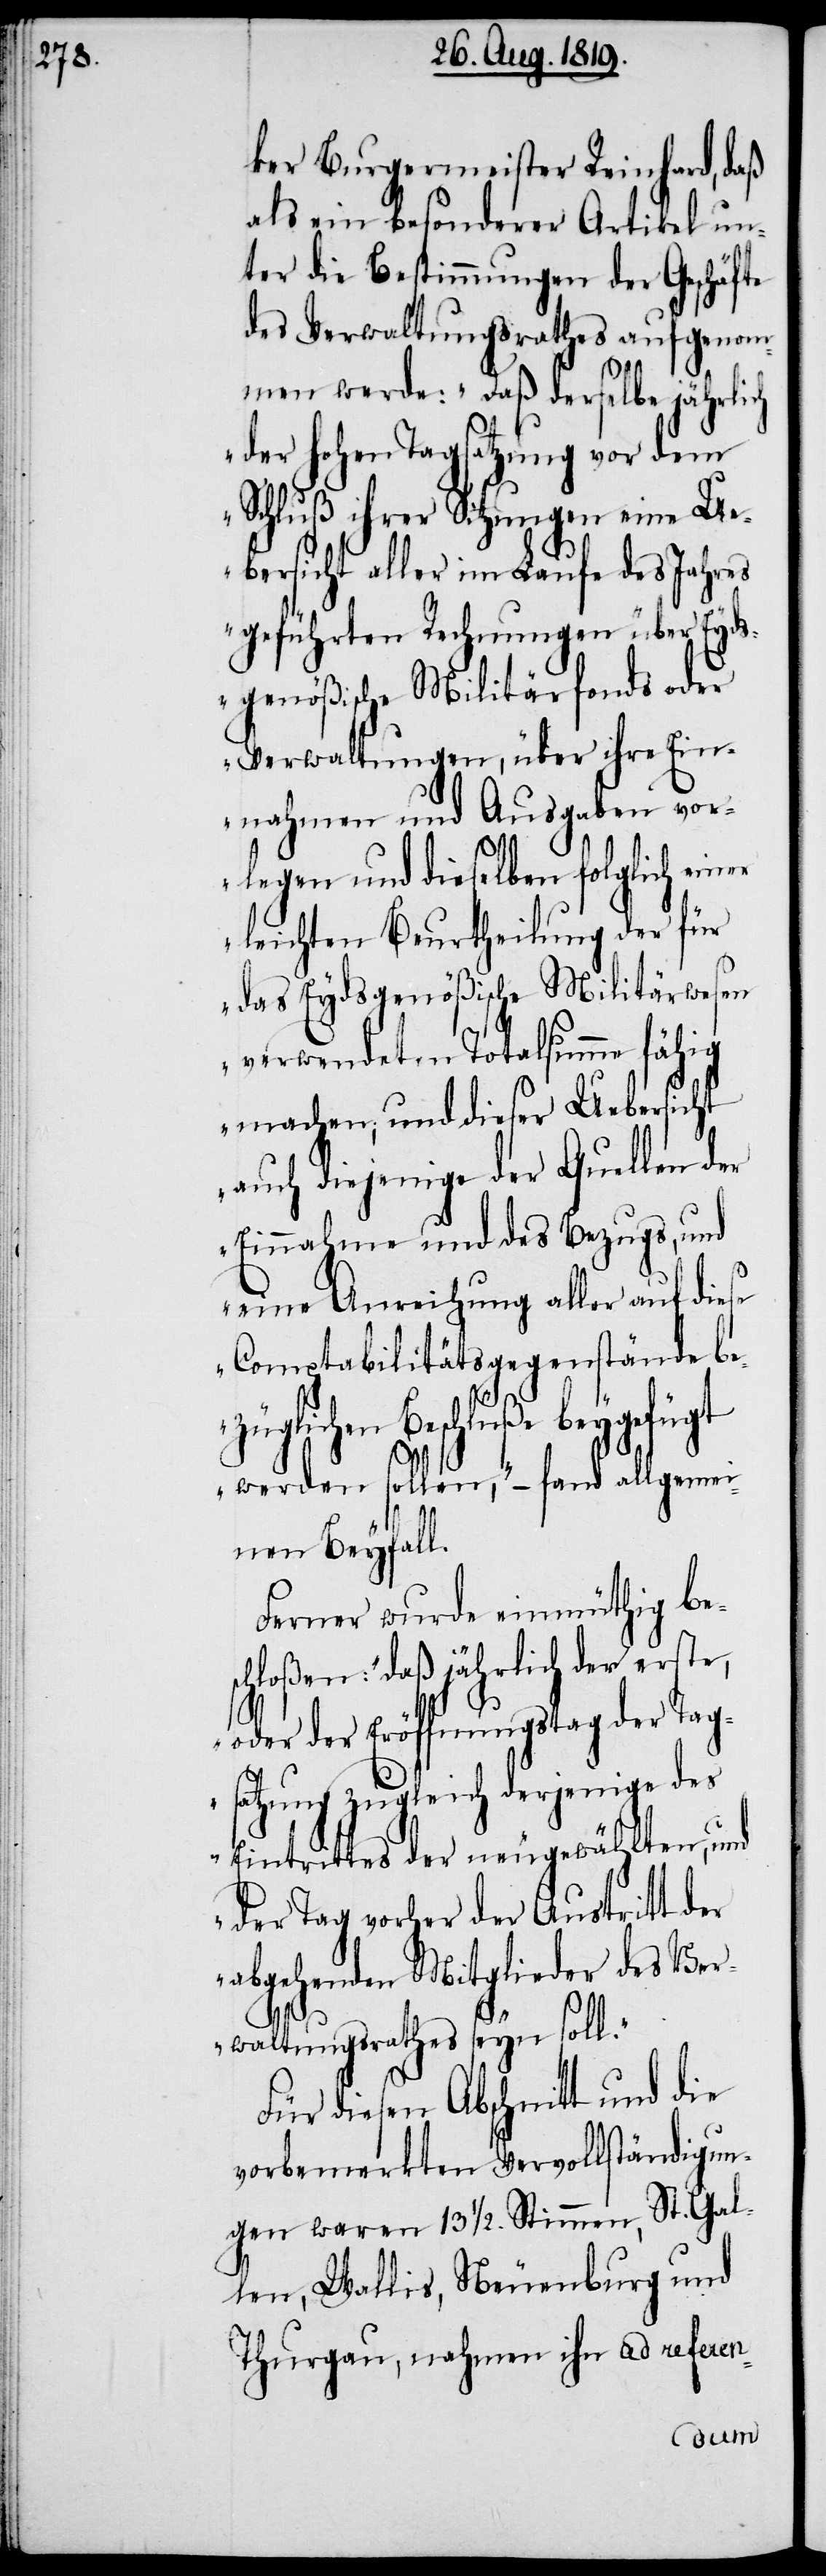
z¬

ker Burgermeister Reinhard, daß
besonderer Artikel un¬
ter die Bestimmungen der Geschäfte
des Verwaltungsrathes aufgenom¬
men werde: „Daß derselbe jährlich
der hohen Tagsatzung vor dem
Schluß ihrer Sitzungen eine Ue¬
bersicht aller im Laufe des Jahres
geführten Rechnungen über Eyd¬
sgenößische Militärfonds oder
Verwaltungen, über ihre Ein¬
nahmen und Ausgaben vor¬
legen und dieselben folglich einer
leichten Beurtheilung der für
das Eydsgenößische Militärwesen
verwendeten Totalsumme fähig
machen; und dieser Uebersicht
auch diejenige der Quellen der
Einnahme und des Bezugs, und
eine Anreichung aller auf diese
Comptabilitärsgegenstände be¬
üglichen Beschlüße beygefügt
werden sollen,“ – fand allgemei¬
nen Beyfall.
Ferner wurde einmüthig be¬
schloßen: „daß jährlich der erste,
oder der Eröffnungstag der Tag¬
satzung zugleich derjenige des
Eintrittes der neugewählten, und
der Tag vorher der Austritt der
abgehenden Mitglieder des Ver¬
waltungrathes seyn soll.“
Für diesen Abschnitt und die
vorbemerkten Vervollständigun¬
gen waren 13 ½. Stimmen, St. Gal¬
len, Wallis, Neuenburg und
Thurgau, nahmen ihn ad referen-